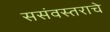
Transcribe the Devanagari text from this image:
ससंवस्तराचे